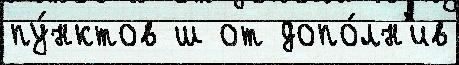
пу́нктов ш от допо́лн'ив